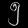
Digit: ၅